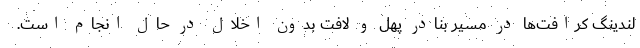
لندینگ کرافت‌ها در مسیر بنادر پهل و لافت بدون اخلال در حال انجام است.